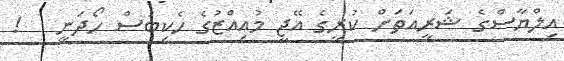
އިލްޔާސްގެ ޝަރީއަތަށް ކުރީގެ އޭޖީ މުއިއްޒުގެ ހެކިބަސް ހޯދަނީ   !